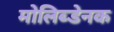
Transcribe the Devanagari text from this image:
मोलिब्डेनक